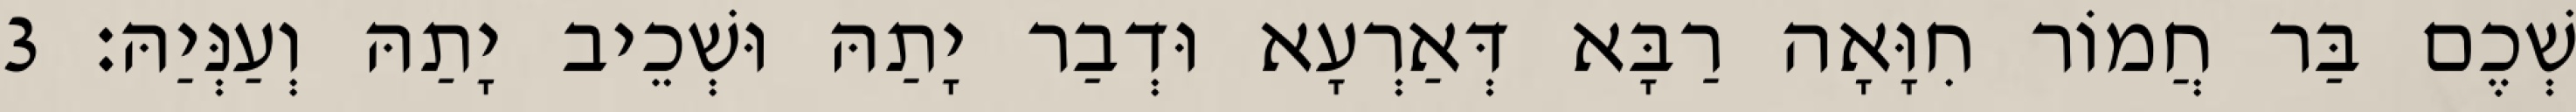
שְׁכֶם בַּר חֲמוֹר חִוָּאָה רַבָּא דְּאַרְעָא וּדְבַר יָתַהּ וּשְׁכֵיב יָתַהּ וְעַנְּיַהּ׃ 3